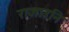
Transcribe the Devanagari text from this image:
राजाउनि